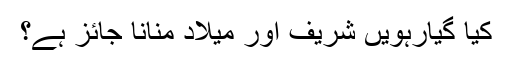
کیا گیارہویں شریف اور میلاد منانا جائز ہے؟